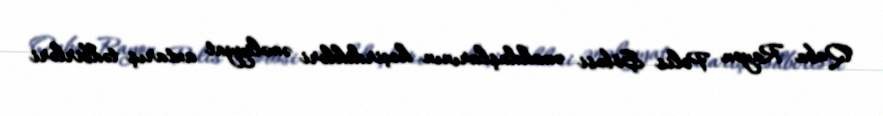
Quba Rayon Polis Şöbəsi əməkdaşlarının keçirdikləri əməliyyat axtarış tədbirləri